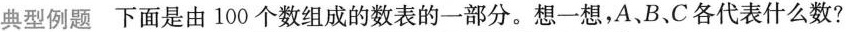
典型例题 下面是由100个数组成的数表的一部分。想一想，A、B、C各代表什么数?